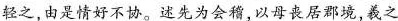
轻之,由是情好不协。述先为会稽,以母丧居郡境,羲之